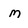
Character: m